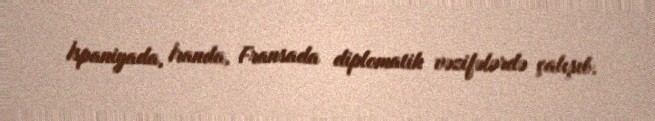
İspaniyada, İranda, Fransada diplomatik vəzifələrdə çalışıb.